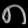
Digit: ၈